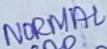
Text: NORMAL